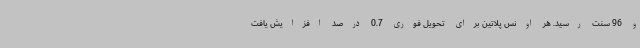
و 96 سنت رسید. هر اونس پلاتین برای تحویل فوری 0.7 درصد افزایش یافت